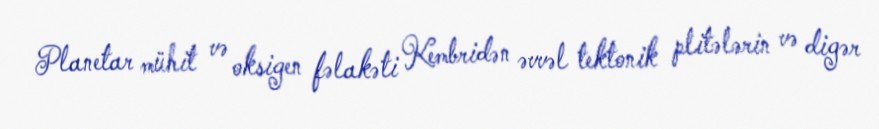
Planetar mühit və oksigen fəlakəti Kembridən əvvəl tektonik plitələrin və digər